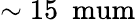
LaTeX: \sim 15~\mathrm{\ mum}